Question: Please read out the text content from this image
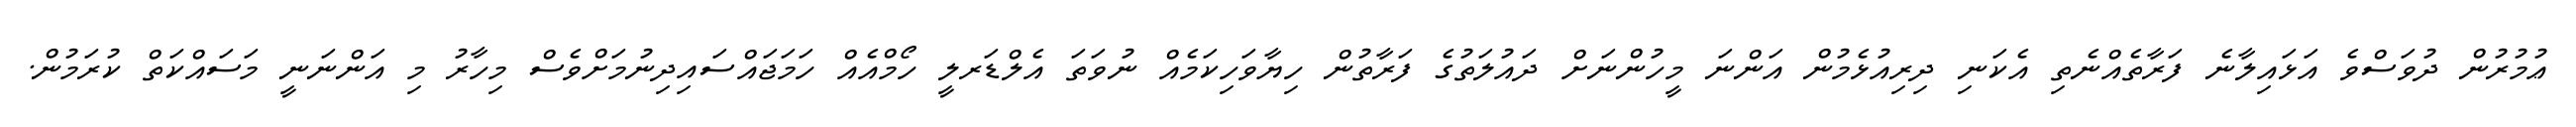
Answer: ޢުމުރުން ދުވަސްވެ އަޅައިލާނެ ފަރާތެއްނެތި އެކަނި ދިރިއުޅެމުން އަންނަ މީހުންނަށް ދައުލަތުގެ ފަރާތުން ހިޔާވަހިކަމެއް ނުވަތަ އެލްޑަރލީ ހޯމްއެއް ހަމަޖައްސައިދިނުމަށްވެސް މިހާރު މި އަންނަނީ މަސައްކަތް ކުރަމުން.